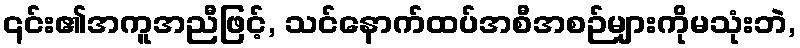
၎င်း၏အကူအညီဖြင့်, သင်နောက်ထပ်အစီအစဉ်များကိုမသုံးဘဲ,